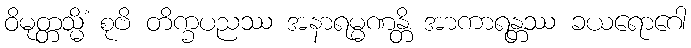
ဝိမုတ္တသ္မိံ စုဗိ တိက္ခပညဿ အနာရမ္မဏန္တိ အာကာရန္တဿ ခယရောဂေါ